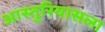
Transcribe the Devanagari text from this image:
आस्तुरियासला